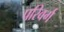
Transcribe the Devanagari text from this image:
परिवर्ग